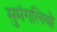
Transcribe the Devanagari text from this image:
सुमंगलियो